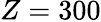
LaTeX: Z=300